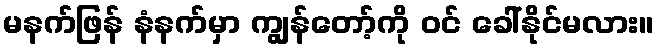
မနက်ဖြန် နံနက်မှာ ကျွန်တော့်ကို ဝင် ခေါ်နိုင်မလား။